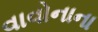
વાવોનાના